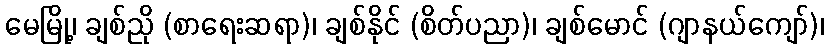
မေမြို့၊ ချစ်ညို (စာရေးဆရာ)၊ ချစ်နိုင် (စိတ်ပညာ)၊ ချစ်မောင် (ဂျာနယ်ကျော်)၊